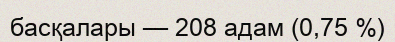
басқалары — 208 адам (0,75 %)